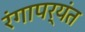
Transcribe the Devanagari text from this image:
रंगापर्यंत